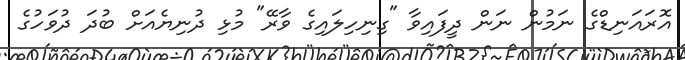
އޮރައަނިޑްގެ ނަމުން ނަން ދީފައިވާ "ގިނިހިލައިގެ ވާރޭ" މުޅި ދުނިޔެއަށް ބުދަ ދުވަހުގެ